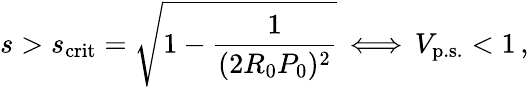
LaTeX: s>s_{\mathrm{crit}}=\sqrt{1-{\frac{1}{(2R_{0}P_{0})^{2}}}}\, \Longleftrightarrow\, V_{\mathrm{p.s.}}<1\, ,